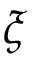
\xi